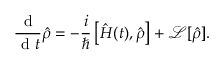
\frac { \mathrm { ~ d ~ } } { \mathrm { ~ d ~ } t } \hat { \rho } = - \frac { i } { \hbar } \left[ \hat { H } ( t ) , \hat { \rho } \right] + \mathcal { L } [ \hat { \rho } ] .